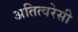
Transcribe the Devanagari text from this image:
अतित्वरेसी